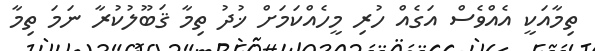
ތިމާއަކީ އެއްވެސް އަގެއް ހުރި މީހެއްކަމަށް ޚުދު ތިމާ ޤަބޫލުކުރާ ނަމަ ތިމާ